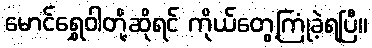
မောင်ရွှေဝါတို့ဆိုရင် ကိုယ်တွေ့ကြုံခဲ့ရပြီ။